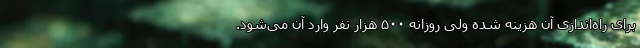
برای راه‌اندازی آن هزینه شده ولی روزانه ۵۰۰ هزار نفر وارد آن می‌شود.